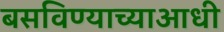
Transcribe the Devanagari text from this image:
बसविण्याच्याआधी